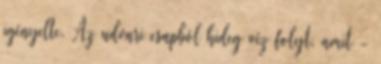
igényelte. Az udvari csapból hideg víz folyt, amit -